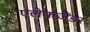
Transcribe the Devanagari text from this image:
एलेकजैंडर